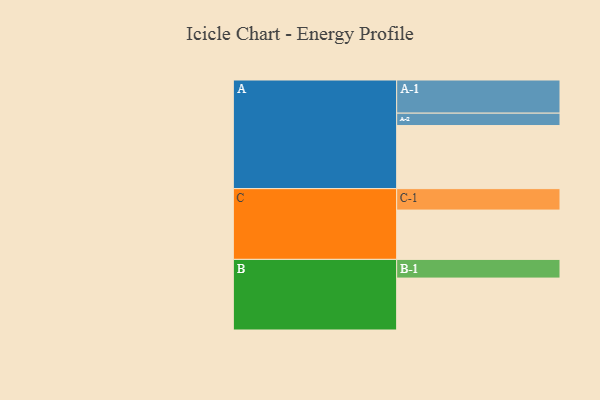
{"axis": {"x": "Segment", "y": "Value"}, "legend": ["", "A", "B", "C"], "data": [{"x": "A", "y": 554, "type": ""}, {"x": "B", "y": 456, "type": ""}, {"x": "C", "y": 433, "type": ""}, {"x": "A-1", "y": 291, "type": "A"}, {"x": "A-2", "y": 109, "type": "A"}, {"x": "B-1", "y": 164, "type": "B"}, {"x": "C-1", "y": 188, "type": "C"}]}